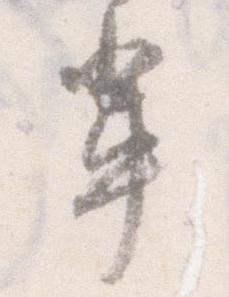
輩